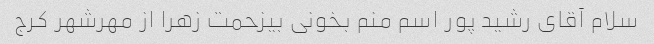
سلام آقای رشید پور اسم منم بخونی بیزحمت زهرا از مهرشهر کرج